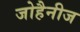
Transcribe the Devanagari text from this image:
जोहैनीज